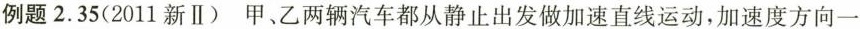
例题 2.35(2011新Ⅱ) 甲、乙两辆汽车都从静止出发做加速直线运动，加速度方向一